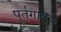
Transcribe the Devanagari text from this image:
पुर्तगालके